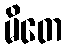
မိတေ